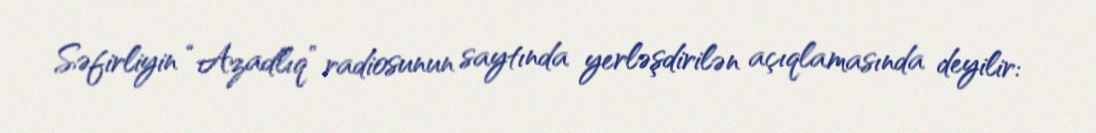
Səfirliyin “Azadlıq” radiosunun saytında yerləşdirilən açıqlamasında deyilir: